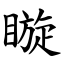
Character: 䁢